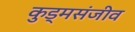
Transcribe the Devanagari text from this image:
कुड्मसंजीव